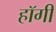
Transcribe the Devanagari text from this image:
हॉगी